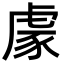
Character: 豦